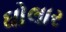
ઘોલાર